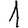
Digit: 1